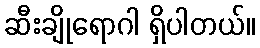
ဆီးချိုရောဂါ ရှိပါတယ်။